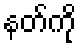
နတ်ကို